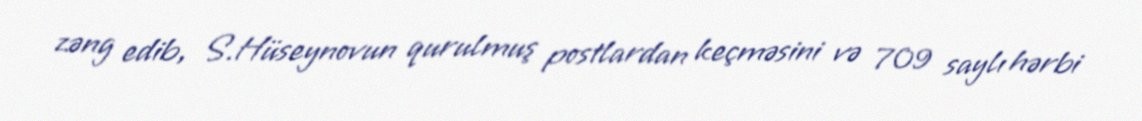
zəng edib, S.Hüseynovun qurulmuş postlardan keçməsini və 709 saylı hərbi